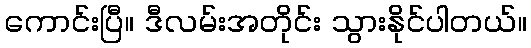
ကောင်းပြီ။ ဒီလမ်းအတိုင်း သွားနိုင်ပါတယ်။